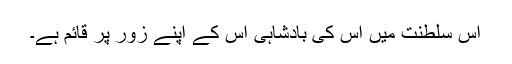
اس سلطنت میں اس کی بادشاہی اس کے اپنے زور پر قائم ہے۔